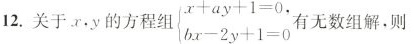
12.关于.X,y的方程组$$\begin{cases}x + a y + 1 = 0, \\ b x - 2 y + 1 = 0 \\